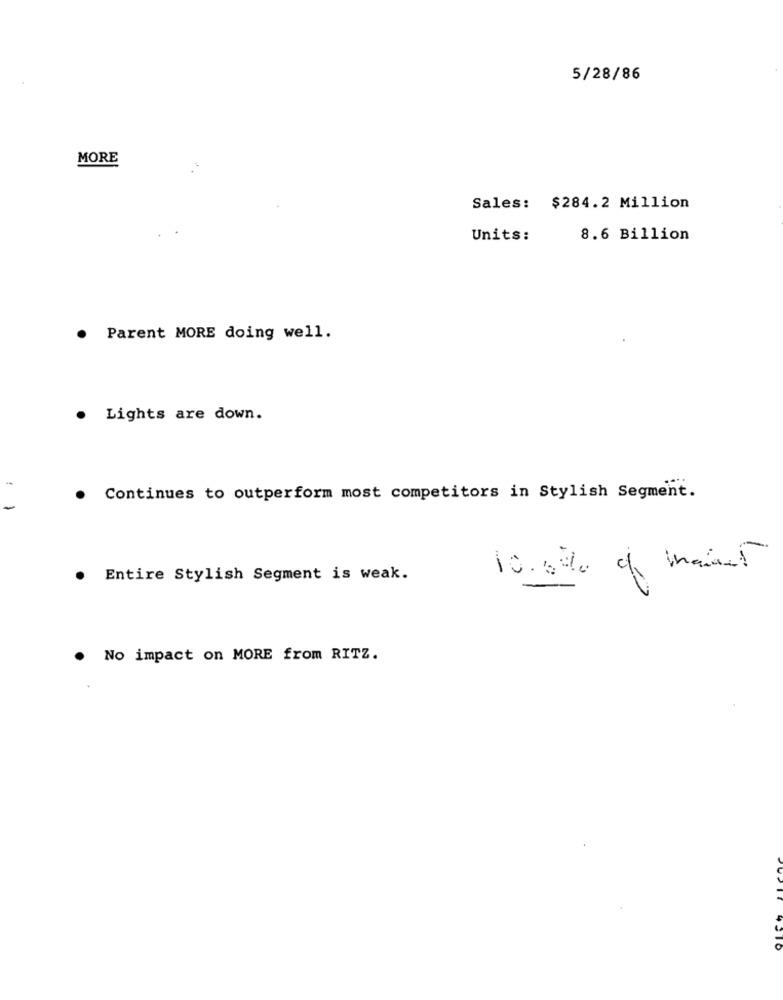
5/28/86
MORE
Sales: $284.2 Million
Units:
8.6 Billion
.
Parent MORE doing well.
. Lights are down.
Continues to outperform most competitors in Stylish Segment.
-
10.6% of mainet
. Entire Stylish Segment is weak.
. No impact on MORE from RITZ.